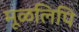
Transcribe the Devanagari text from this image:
मूळलिपि